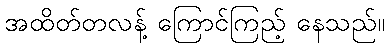
အထိတ်တလန့် ကြောင်ကြည့် နေသည်။